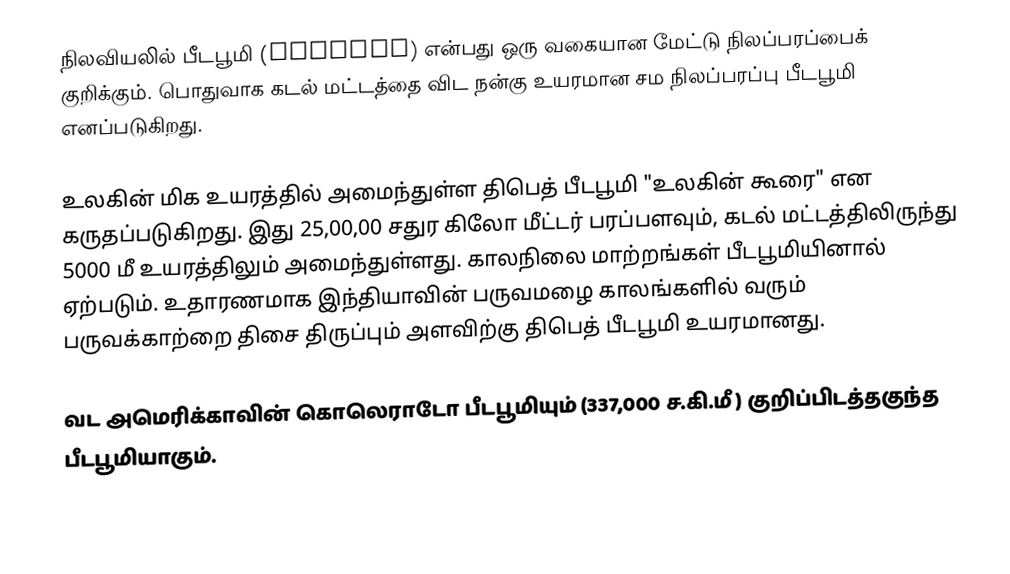
நிலவியலில் பீடபூமி (Plateau) என்பது ஒரு வகையான மேட்டு நிலப்பரப்பைக் குறிக்கும். பொதுவாக கடல் மட்டத்தை விட நன்கு உயரமான சம நிலப்பரப்பு பீடபூமி எனப்படுகிறது.

உலகின் மிக உயரத்தில் அமைந்துள்ள திபெத் பீடபூமி "உலகின் கூரை" என கருதப்படுகிறது. இது 25,00,00 சதுர கிலோ மீட்டர் பரப்பளவும், கடல் மட்டத்திலிருந்து 5000 மீ உயரத்திலும் அமைந்துள்ளது. காலநிலை மாற்றங்கள் பீடபூமியினால் ஏற்படும். உதாரணமாக இந்தியாவின் பருவமழை காலங்களில் வரும் பருவக்காற்றை திசை திருப்பும் அளவிற்கு திபெத் பீடபூமி உயரமானது.

வட அமெரிக்காவின் கொலெராடோ பீடபூமியும் (337,000 ச.கி.மீ ) குறிப்பிடத்தகுந்த பீடபூமியாகும்.